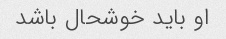
او باید خوشحال باشد